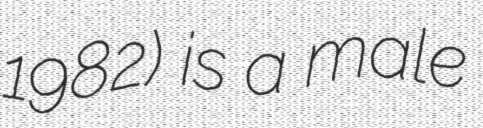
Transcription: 1982) is a male